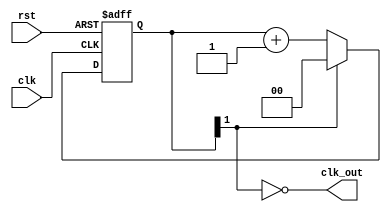
module div_by_3 (
    input clk,
    input rst,
    output clk_out
);

    reg [1:0] cnt;

    always @(posedge clk or posedge rst)
        if (rst)
            cnt <= 0;
        else
            cnt <= cnt[1] ? 2'b00 : cnt + 1'b01;

    assign clk_out = ~cnt[1];

endmodule